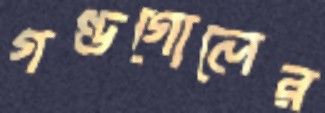
গণ্ডগোলের